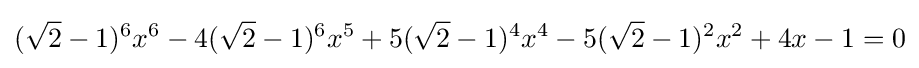
({\sqrt {2}}-1)^{6}x^{6}-4({\sqrt {2}}-1)^{6}x^{5}+5({\sqrt {2}}-1)^{4}x^{4}-5({\sqrt {2}}-1)^{2}x^{2}+4x-1=0